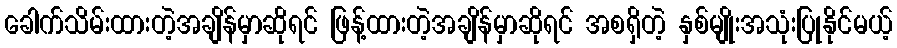
ခေါက်သိမ်းထားတဲ့အချိန်မှာဆိုရင် ဖြန့်ထားတဲ့အချိန်မှာဆိုရင် အစရှိတဲ့ နှစ်မျိုးအသုံးပြုနိုင်မယ့်